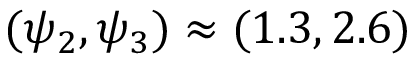
( \psi _ { 2 } , \psi _ { 3 } ) \approx ( 1 . 3 , 2 . 6 )